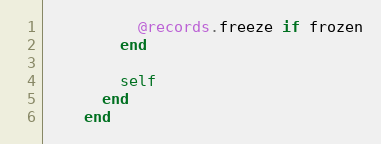
Language: Ruby
          @records.freeze if frozen
        end

        self
      end
    end